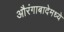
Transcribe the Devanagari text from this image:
औरंगाबादेमध्ये